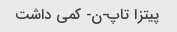
پیتزا تاپ-ن- کمی داشت